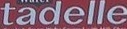
tadelle